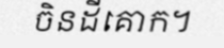
ចិនដីគោក។